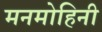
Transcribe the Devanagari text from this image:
मनमोहिनी